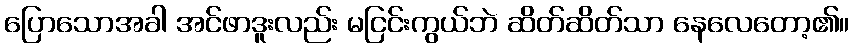
ပြောသောအခါ အင်ဖာဒူးလည်း မငြင်းကွယ်ဘဲ ဆိတ်ဆိတ်သာ နေလေတော့၏။